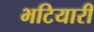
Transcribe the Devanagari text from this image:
भटियारी